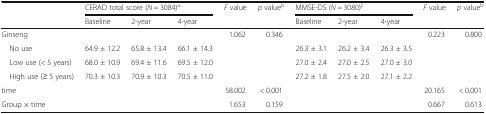
<table><thead><tr><td rowspan="2"></td><td colspan="3"><b>CERAD total score (<i>N</i> = 3084)<sup>a</sup></b></td><td><b><i>F</i> value</b></td><td><b><i>p</i> value<sup>b</sup></b></td><td colspan="3"><b>MMSE-DS (<i>N</i> = 3080)<sup>c</sup></b></td><td><b><i>F</i> value</b></td><td><b><i>p</i> value<sup>b</sup></b></td></tr><tr><td><b>Baseline</b></td><td><b>2-year</b></td><td><b>4-year</b></td><td></td><td></td><td><b>Baseline</b></td><td><b>2-year</b></td><td><b>4-year</b></td><td></td><td></td></tr></thead><tbody><tr><td>Ginseng</td><td></td><td></td><td></td><td>1.062</td><td>0.346</td><td></td><td></td><td></td><td>0.223</td><td>0.800</td></tr><tr><td> No use</td><td>64.9 ± 12.2</td><td>65.8 ± 13.4</td><td>66.1 ± 14.3</td><td></td><td></td><td>26.3 ± 3.1</td><td>26.2 ± 3.4</td><td>26.3 ± 3.5</td><td></td><td rowspan="3"></td></tr><tr><td> Low use (&lt; 5 years)</td><td>68.0 ± 10.9</td><td>69.4 ± 11.6</td><td>69.5 ± 12.0</td><td></td><td></td><td>27.0 ± 2.4</td><td>27.0 ± 2.5</td><td>27.0 ± 3.0</td><td></td></tr><tr><td> High use (≥ 5 years)</td><td>70.3 ± 10.3</td><td>70.9 ± 10.3</td><td>70.5 ± 11.0</td><td></td><td></td><td>27.2 ± 1.8</td><td>27.5 ± 2.0</td><td>27.1 ± 2.2</td><td></td></tr><tr><td>time</td><td></td><td></td><td></td><td>58.002</td><td>&lt; 0.001</td><td></td><td></td><td></td><td>20.165</td><td>&lt; 0.001</td></tr><tr><td>Group × time</td><td></td><td></td><td></td><td>1.653</td><td>0.159</td><td></td><td></td><td></td><td>0.667</td><td>0.613</td></tr></tbody></table>